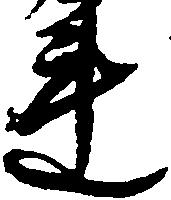
連